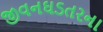
જીવનઘડતરના